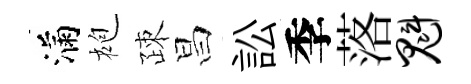
滿袍疎昌訟季落魁